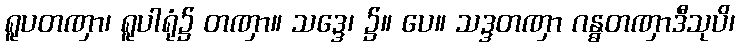
ရူပတဏှာ၊ ရူပါရုံ၌ တဏှာ။ သဒ္ဒေ၊ ၌။ ပေ။ သဒ္ဒတဏှာ ဂန္ဓတဏှာဒီသုပိ၊